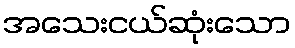
အသေးငယ်ဆုံးသော